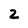
Character: 2